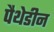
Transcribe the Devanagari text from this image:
पैथेडीन